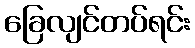
ခြေလျင်တပ်ရင်း